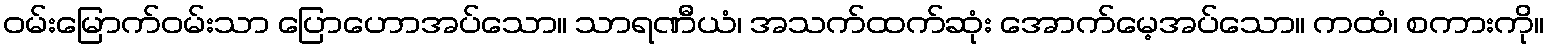
ဝမ်းမြောက်ဝမ်းသာ ပြောဟောအပ်သော။ သာရဏီယံ၊ အသက်ထက်ဆုံး အောက်မေ့အပ်သော။ ကထံ၊ စကားကို။